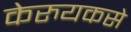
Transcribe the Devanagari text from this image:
केरुयकसे